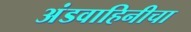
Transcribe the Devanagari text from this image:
अंडवाहिनीचा